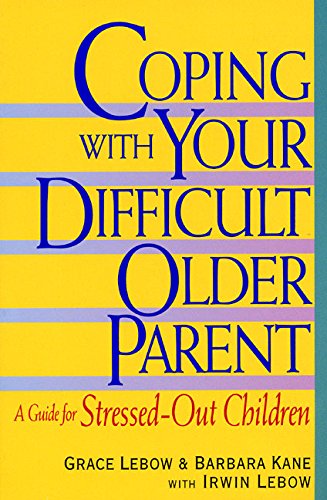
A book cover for Coping With Your Difficult Older Parent : A Guide for Stressed-Out Children; Grace Lebow; Parenting & Relationships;